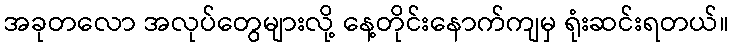
အခုတလော အလုပ်တွေများလို့ နေ့တိုင်းနောက်ကျမှ ရုံးဆင်းရတယ်။